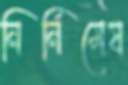
নির্নিমেষ